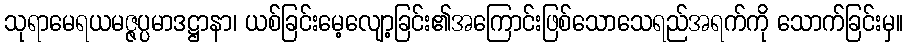
သုရာမေရယမဇ္ဇပ္ပမာဒဋ္ဌာနာ၊ ယစ်ခြင်းမေ့လျော့ခြင်း၏အကြောင်းဖြစ်သောသေရည်အရက်ကို သောက်ခြင်းမှ။